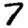
Digit: 7